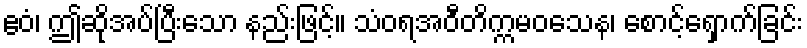
ဧဝံ၊ ဤဆိုအပ်ပြီးသော နည်းဖြင့်။ သံဝရအဝီတိက္ကမဝသေန၊ စောင့်ရှောက်ခြင်း